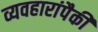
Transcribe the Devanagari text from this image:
व्यवहारांपैकी